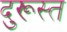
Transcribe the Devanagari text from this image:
दुरूस्‍त